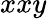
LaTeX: xxy